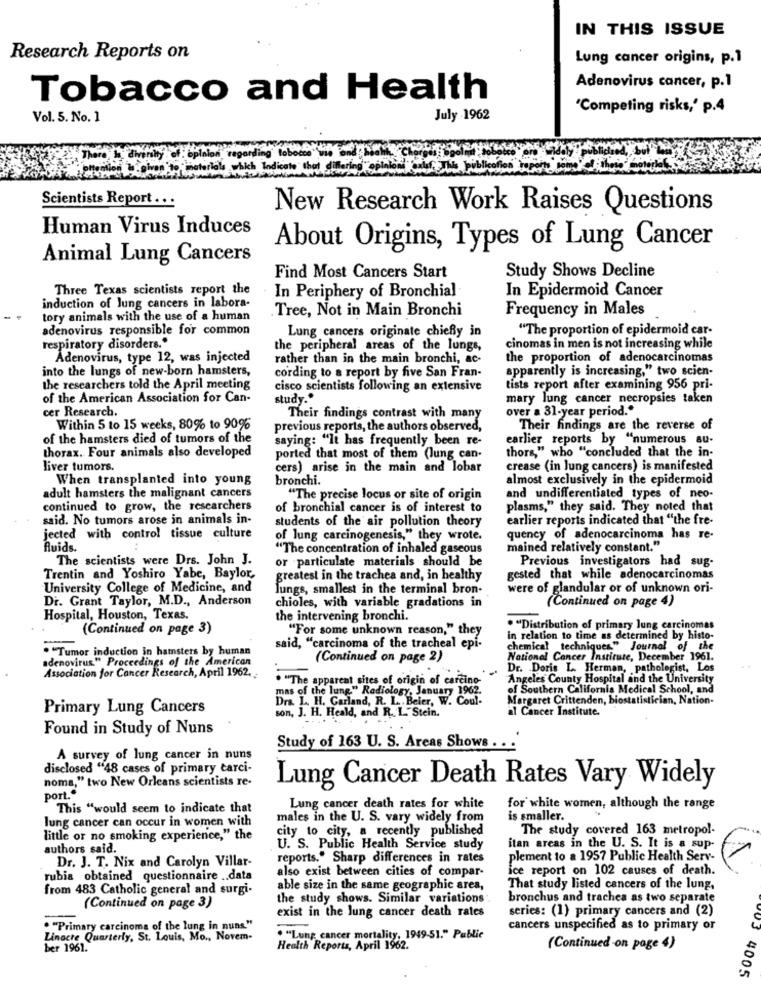
IN THIS ISSUE
Research Reports on
Lung cancer origins, p.1
Adenovirus cancer, p.1
Tobacco and Health
'Competing risks,' p.4
Vol. 5. No. 1
July .1962
The
mity of : opinion
lion W.given to materials which Ind
Scientists Report ...
New Research Work Raises Questions
Human Virus Induces
About Origins, Types of Lung Cancer
Animal Lung Cancers
Find Most Cancers Start
Study Shows Decline
Three Texas scientists report the
In Epidermoid Cancer
In Periphery of Bronchial
induction of lung cancers in labora-
Tree, Not in Main Bronchi
Frequency in Males
tory animals with the use of a human
adenovirus responsible for common
Lung cancers originate chiefy in
"The proportion of epidermoid car-
respiratory disorders."
the peripheral areas of the lungs,
cinomas in men is not increasing while
Adenovirus, type 12, was injected
rather than in the main bronchi, ac-
the proportion of adenocarcinomas
into the lungs of new-born hamsters,
cording to a report by five San Fran-
apparently is increasing," two scien-
the researchers told the April meeting
cisco scientists following an extensive
tists report after examining 956 pri-
of the American Association for Can-
study .*
mary lung cancer necropsies taken
cer Research.
over a 31-year period."
Their findings contrast with many
Within 5 to 15 weeks, 80% to 9095
previous reports, the authors observed,
Their findings are the reverse of
of the hamsters died of tumors of the
saying: "It has frequently been re-
earlier reports by "numerous au-
thorax. Four animals also developed
thors," who "concluded that the in-
ported that most of them (lung can-
liver tumors.
cers) arise in the main and lobar
crease (in lung cancers) is manifested
When transplanted into young
bronchi.
almost exclusively in the epidermoid
adult hamsters the malignant cancers
"The precise locus or site of origin
and undifferentiated types of neo-
continued to grow, the researchers
of bronchial cancer is of interest to
plasms," they said. They noted that
said. No tumors arose in animals in-
students of the air pollution theory
earlier reports indicated that "the fre-
jected with control tissue culture
of lung carcinogenesis," they wrote.
quency of adenocarcinoma has re-
fluids.
"The concentration of inhaled gaseous
mained relatively constant."
The scientists were Drs. John J.
or particulate materials should be
Previous investigators had sug-
Trentin and Yoshiro Yabe, Baylor,
greatest in the trachea and, in healthy
gested that while adenocarcinomas
University College of Medicine, and
lungs, smallest in the terminal bron.
were of glandular or of unknown ori-
Di. Grant Taylor, M.D ., Anderson
chioles, with variable gradations in
(Continued on page 4)
Hospital, Houston, Texas.
the intervening bronchi.
(Continued on page 3)
"For some unknown reason," they
"Distribution of primary lung carcinomas
in relation to time as determined by histo-
. "Tumor induction in hamsters by human
said, "carcinoma of the tracheal epi-
chemical techniques." Journal of the
adenovirus" Proceedings of the American
(Continued on page 2)
National Cancer Institute, December 1961.
Dr. Doris L. Herman, pathologist, Los
Association for Cancer Research, April 1962.
"The apparent sites of origin of carcino-
Angeles County Hospital and the University
of Southern California Medical School, and
mas of the lung" Radiology, January 1962.
Dra. L. H. Garland, R. L .. Beler, W. Coul-
Margaret Crittenden, biostatistician, Nation-
Primary Lung Cancers
son, J. H. Heald, and R. L. Stein.
al Cancer Institute.
Found in Study of Nuns
Study of 163 U. S. Areas Shows . . .
A survey of lung cancer in nuns
disclosed "48 cases of primary carci-
noma," two New Orleans scientists re-
port.“
Lung Cancer Death Rates Vary Widely
This "would seem to indicate that
Lung cancer death rates for white
for white women, although the range
lung cancer can occur in women with
males in the U. S. vary widely from
is smaller.
city to city, a recently published
The study covered 163 metropol-
little or no smoking experience," the
authors said.
U. S. Public Health Service study
itan areas in the U. S. It is a sup-
Dr. J. T. Nix and Carolyn Villar-
reports." Sharp differences in rates
plement to a 1957 Public Health Serv-
also exist between cities of compar-
ice report on 102 causes of death.
rubia obtained questionnaire .. data
from 483 Catholic general and surgi-
able size in the same geographic area,
That study listed cancers of the lung,
the study shows. Similar variations :
bronchus and trachea as two separate
(Continued on page 3)
exist in the lung cancer death rates
series: (1) primary cancers and (2)
. "Primary carcinoma of the lung in nuns."
cancers unspecified as to primary or
Linacre Quarterly, St. Louis, Mo ., Novem-
. "Lung cancer mortality, 1949-51." Public
ber 1961.
Health Reports, April 1962.
(Continued on page 4)
4005